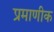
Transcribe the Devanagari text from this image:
प्रमाणीक